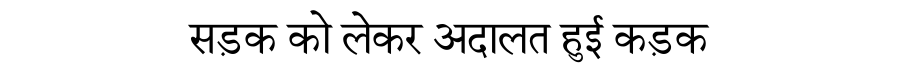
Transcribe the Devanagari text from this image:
सड़क को लेकर अदालत हुई कड़क